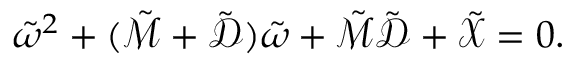
\tilde { \omega } ^ { 2 } + ( \tilde { \mathcal { M } } + \tilde { \mathcal { D } } ) \tilde { \omega } + \tilde { \mathcal { M } } \tilde { \mathcal { D } } + \tilde { \mathcal { X } } = 0 .